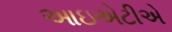
આઇએટીએ